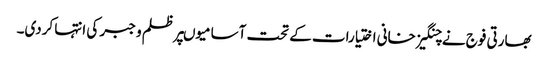
بھارتی فوج نے چنگیز خانی اختیارات کے تحت آسامیوںپر ظلم و جبر کی انتہا کردی۔